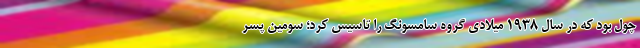
چول بود که در سال ۱۹۳۸ میلادی گروه سامسونگ را تاسیس کرد؛ سومین پسر